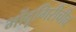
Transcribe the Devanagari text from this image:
भोंदूगिरीचीच